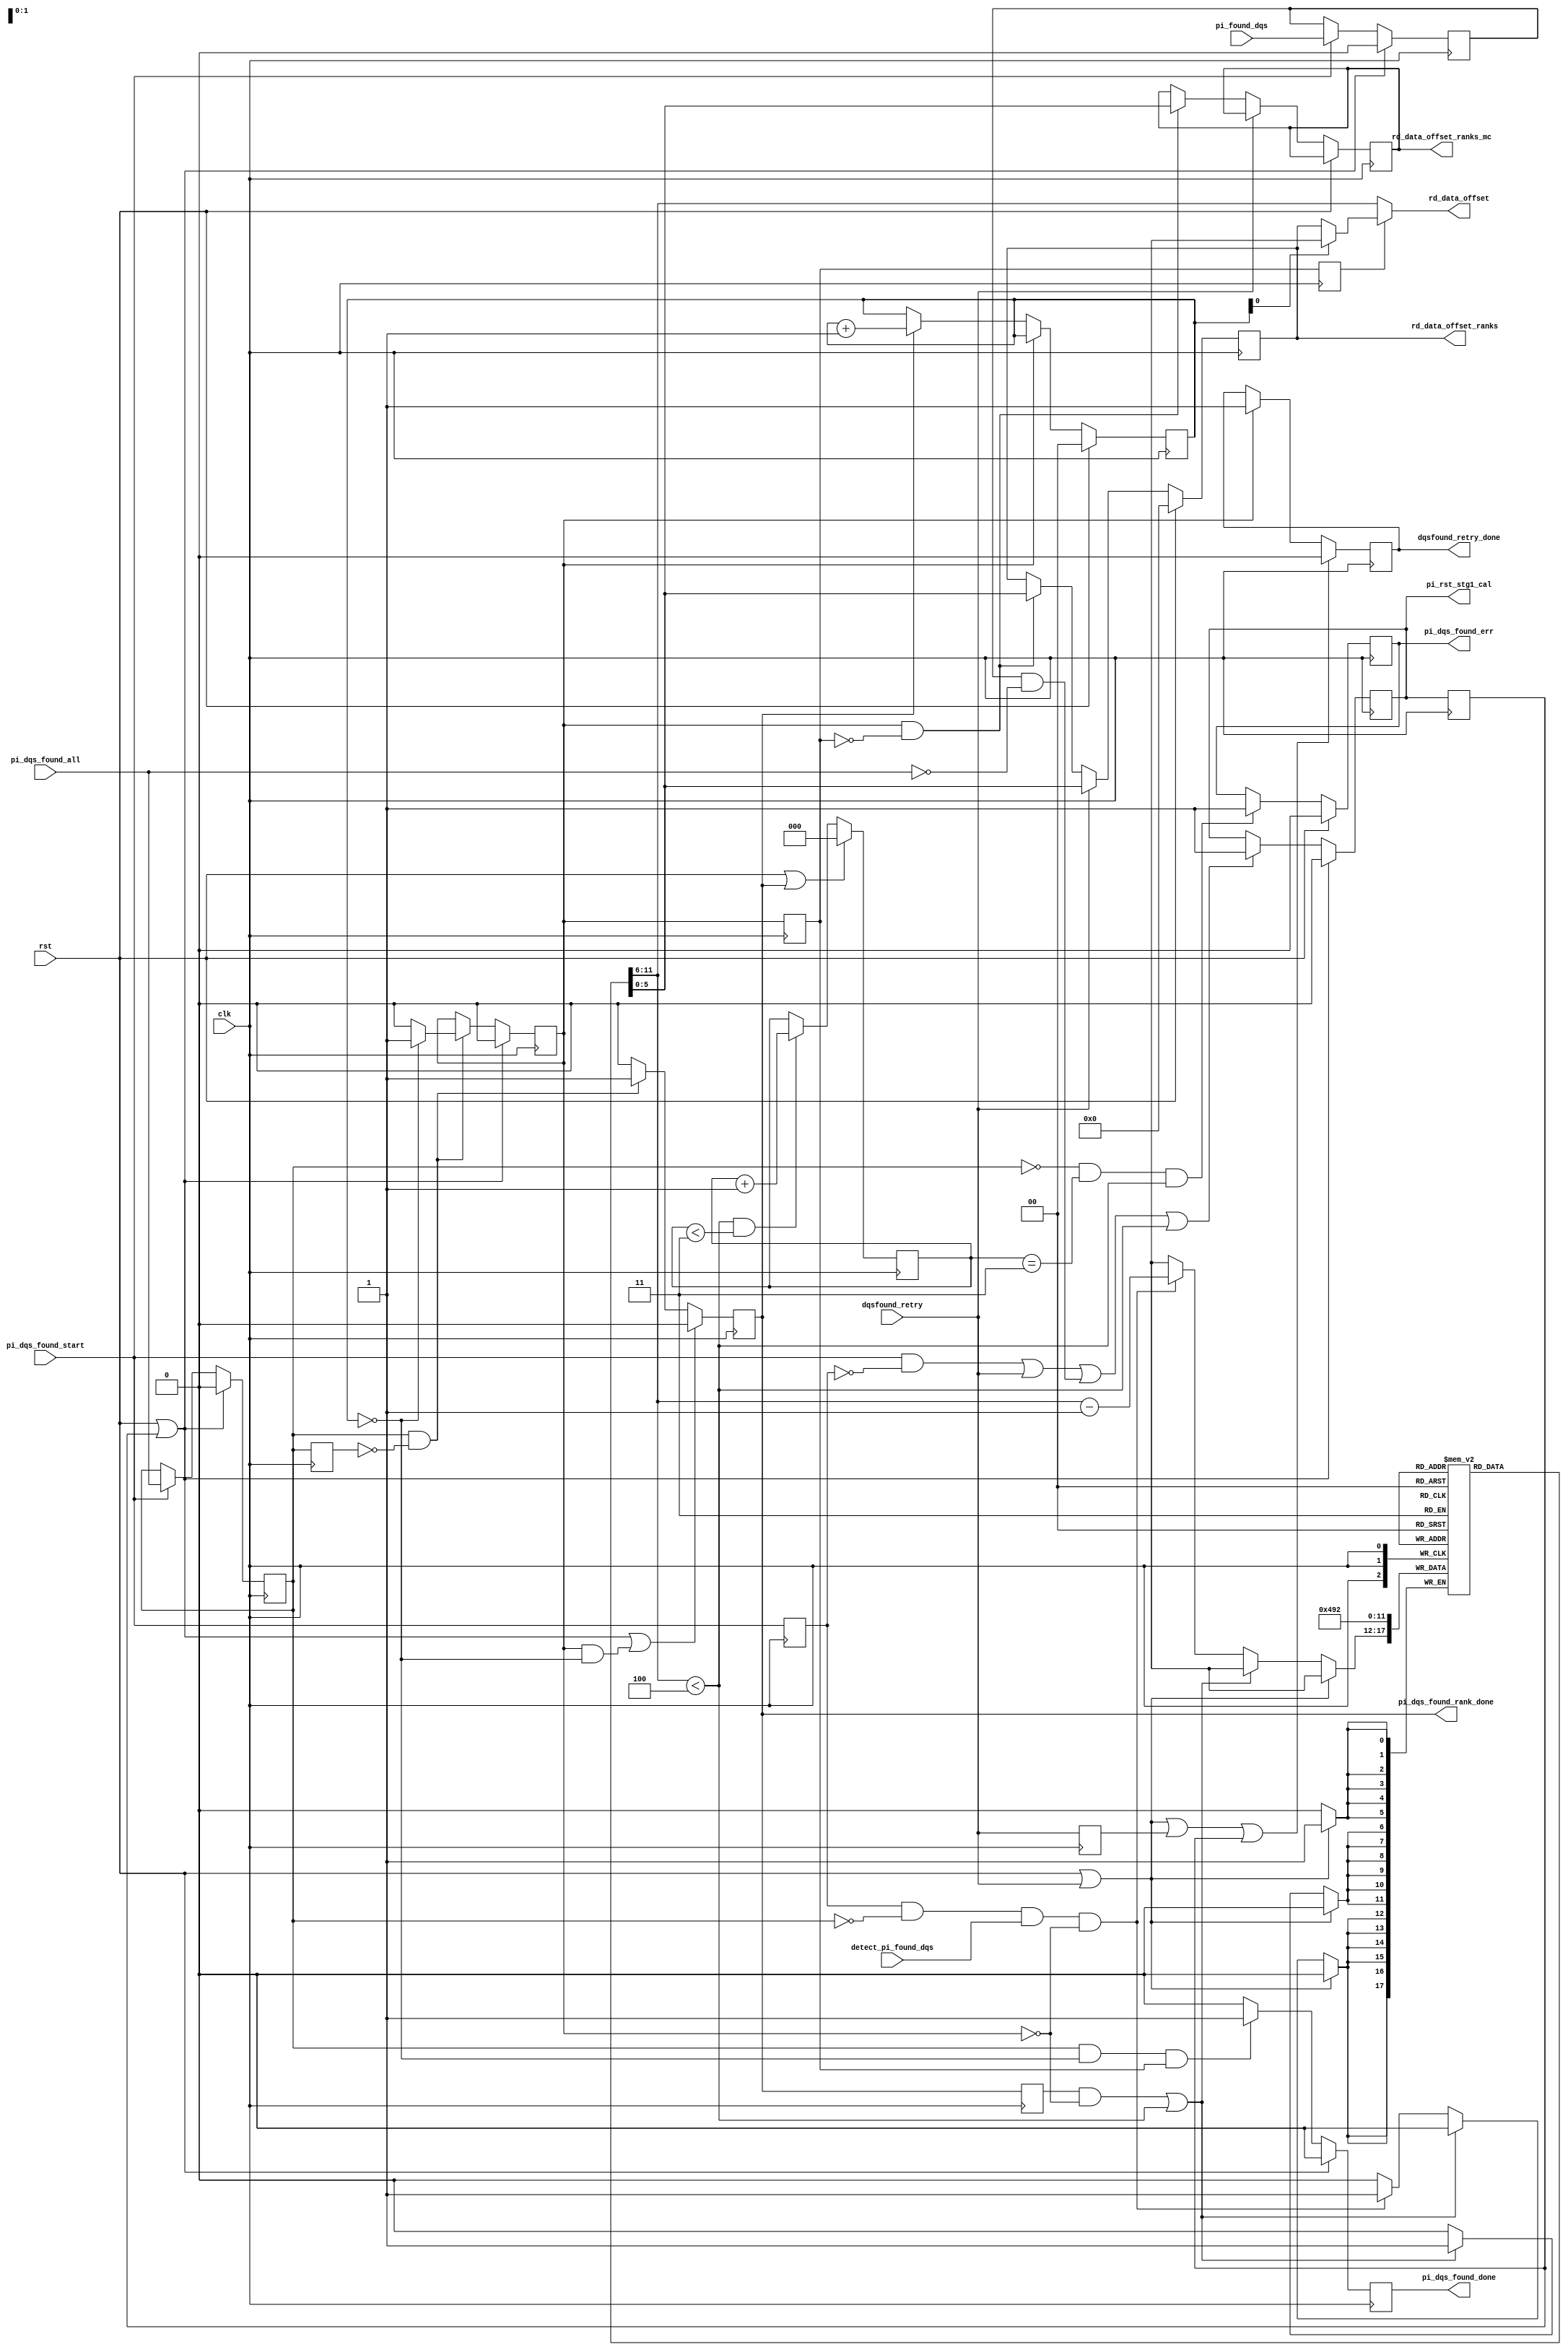
//*****************************************************************************
// (c) Copyright 2009 - 2010 Xilinx, Inc. All rights reserved.
//
// This file contains confidential and proprietary information
// of Xilinx, Inc. and is protected under U.S. and
// international copyright and other intellectual property
// laws.
//
// DISCLAIMER
// This disclaimer is not a license and does not grant any
// rights to the materials distributed herewith. Except as
// otherwise provided in a valid license issued to you by
// Xilinx, and to the maximum extent permitted by applicable
// law: (1) THESE MATERIALS ARE MADE AVAILABLE "AS IS" AND
// WITH ALL FAULTS, AND XILINX HEREBY DISCLAIMS ALL WARRANTIES
// AND CONDITIONS, EXPRESS, IMPLIED, OR STATUTORY, INCLUDING
// BUT NOT LIMITED TO WARRANTIES OF MERCHANTABILITY, NON-
// INFRINGEMENT, OR FITNESS FOR ANY PARTICULAR PURPOSE; and
// (2) Xilinx shall not be liable (whether in contract or tort,
// including negligence, or under any other theory of
// liability) for any loss or damage of any kind or nature
// related to, arising under or in connection with these
// materials, including for any direct, or any indirect,
// special, incidental, or consequential loss or damage
// (including loss of data, profits, goodwill, or any type of
// loss or damage suffered as a result of any action brought
// by a third party) even if such damage or loss was
// reasonably foreseeable or Xilinx had been advised of the
// possibility of the same.
//
// CRITICAL APPLICATIONS
// Xilinx products are not designed or intended to be fail-
// safe, or for use in any application requiring fail-safe
// performance, such as life-support or safety devices or
// systems, Class III medical devices, nuclear facilities,
// applications related to the deployment of airbags, or any
// other applications that could lead to death, personal
// injury, or severe property or environmental damage
// (individually and collectively, "Critical
// Applications"). Customer assumes the sole risk and
// liability of any use of Xilinx products in Critical
// Applications, subject only to applicable laws and
// regulations governing limitations on product liability.
//
// THIS COPYRIGHT NOTICE AND DISCLAIMER MUST BE RETAINED AS
// PART OF THIS FILE AT ALL TIMES.
//
//*****************************************************************************
//   ____  ____
//  /   /\/   /
// /___/  \  /    Vendor: Xilinx
// \   \   \/     Version:
//  \   \         Application: MIG
//  /   /         Filename: phy_dqs_found_cal.v
// /___/   /\     Date Last Modified: $Date: 2011/05/27 14:31:03 $
// \   \  /  \    Date Created:
//  \___\/\___\
//
//Device: 7 Series
//Design Name: DDR3 SDRAM
//Purpose:
//  Read leveling calibration logic
//  NOTES:
//    1. Phaser_In DQSFOUND calibration
//Reference:
//Revision History:
//*****************************************************************************

/******************************************************************************
**$Id: phy_dqs_found_cal.v,v 1.7.18.2 2011/05/27 14:31:03 venkatp Exp $
**$Date: 2011/05/27 14:31:03 $
**$Author: 
**$Revision:
**$Source: 
******************************************************************************/

`timescale 1ps/1ps

module phy_dqs_found_cal #
  (
   parameter TCQ             = 100,    // clk->out delay (sim only)
   parameter nCK_PER_CLK     = 2,      // # of memory clocks per CLK
   parameter nCL             = 5,      // Read CAS latency
   parameter AL              = "0",
   parameter nCWL            = 5,      // Write CAS latency
   parameter RANKS           = 1,      // # of memory ranks in the system
   parameter DQS_CNT_WIDTH   = 3,      // = ceil(log2(DQS_WIDTH))
   parameter DQS_WIDTH       = 8,      // # of DQS (strobe)
   parameter DRAM_WIDTH      = 8,      // # of DQ per DQS
   parameter REG_CTRL         = "ON",   // "ON" for registered DIMM
   parameter NUM_DQSFOUND_CAL = 3       // Number of times to iterate
   )
  (
   input                        clk,
   input                        rst,
   input                        dqsfound_retry,
   // From phy_init
   input                        pi_dqs_found_start,
   input                        detect_pi_found_dqs,
   // From the selected byte lane Phaser_IN
   input                        pi_found_dqs,
   input                        pi_dqs_found_all,
   // Byte lane selection counter
//   output [DQS_CNT_WIDTH:0]     pi_stg1_dqs_found_cnt,
   // To All byte lane Phaser_INs simulataneously
   output reg                   pi_rst_stg1_cal,
   // To hard PHY
//   output                       stg2_done_r,
   // To phy_init
   output [5:0]                 rd_data_offset,
   output                       pi_dqs_found_rank_done,
   output                       pi_dqs_found_done,
   output reg                   pi_dqs_found_err,
   output [6*RANKS-1:0]         rd_data_offset_ranks,
   output reg                   dqsfound_retry_done,
   //To MC
   output [6*RANKS-1:0]         rd_data_offset_ranks_mc
  );
  

// For non-zero AL values
   localparam nAL = (AL == "CL-1") ? nCL - 1 : 0;   

// Adding the register dimm latency to write latency
   localparam CWL_M = (REG_CTRL == "ON") ? nCWL + nAL + 1 : nCWL + nAL;

  integer l;
  
  reg                     dqs_found_start_r;
  reg [5:0]               rd_byte_data_offset[0:RANKS-1];
//  reg [DQS_CNT_WIDTH:0]   dqs_cnt_r;
  reg                     rank_done_r;
  reg                     rank_done_r1;
  reg                     dqs_found_done_r;
  reg                     init_dqsfound_done_r;
  reg                     init_dqsfound_done_r1;
  reg                     init_dqsfound_done_r2;
  reg                     init_dqsfound_done_r3;
  reg [1:0]               rnk_cnt_r;
//  reg [5:0]               smallest_data_offset[0:RANKS-1];
  reg [5:0]               final_data_offset[0:RANKS-1];
  reg [5:0]               final_data_offset_mc[0:RANKS-1];
  reg                     reg_pi_found_dqs;
  reg                     reg_pi_found_dqs_all;
  reg                     reg_pi_found_dqs_all_r1;
  reg                     pi_rst_stg1_cal_r;
  reg [2:0]               calib_cnt;
  reg                     dqsfound_retry_r1;
  

  
  
//  assign stg2_done_r        = init_dqsfound_done_r;
  assign pi_dqs_found_rank_done    = rank_done_r;
  assign pi_dqs_found_done         = dqs_found_done_r;

  generate
  genvar rnk_cnt;
    for (rnk_cnt = 0; rnk_cnt < RANKS; rnk_cnt = rnk_cnt + 1) begin: rnk_loop
      assign rd_data_offset_ranks[6*rnk_cnt+:6] = final_data_offset[rnk_cnt];
      assign rd_data_offset_ranks_mc[6*rnk_cnt+:6] = final_data_offset_mc[rnk_cnt];
    end
  endgenerate
  
  // final_data_offset is used during write calibration and during
  // normal operation. One rd_data_offset value per rank for entire
  // interface
  assign rd_data_offset = (~init_dqsfound_done_r2) ? rd_byte_data_offset[rnk_cnt_r] :
                          final_data_offset[rnk_cnt_r];

  
   //**************************************************************************
   // DQS count to hard PHY during read data offset calibration using 
   // Phaser_IN Stage1 
   //**************************************************************************
//   assign pi_stg1_dqs_found_cnt = dqs_cnt_r;
  

  always @(posedge clk) begin
    if (rst || pi_rst_stg1_cal_r) begin
      reg_pi_found_dqs     <= #TCQ 'b0;
      reg_pi_found_dqs_all <= #TCQ 1'b0;
    end else if (pi_dqs_found_start) begin
      reg_pi_found_dqs     <= #TCQ pi_found_dqs;
      reg_pi_found_dqs_all <= #TCQ pi_dqs_found_all;
    end
  end
  
  
  always@(posedge clk)
    dqs_found_start_r <= #TCQ pi_dqs_found_start;

  always @(posedge clk) begin
    if (rst || rank_done_r)
      calib_cnt <= #TCQ 'b0;
    else if ((rd_byte_data_offset[rnk_cnt_r] < (nCL + nAL -1)) &&
             (calib_cnt < NUM_DQSFOUND_CAL))
      calib_cnt <= #TCQ calib_cnt + 1;
    else
      calib_cnt <= #TCQ calib_cnt;
  end      

  // Read data offset value calib all DQSs simulataneously
  always @(posedge clk) begin
    if (rst || dqsfound_retry) begin
      for (l = 0; l < RANKS; l = l + 1) begin: rst_rd_data_offset_loop
        rd_byte_data_offset[l] <= #TCQ nCL + nAL + 13;
      end
    end else if ((rank_done_r1 && ~init_dqsfound_done_r) ||
       (rd_byte_data_offset[rnk_cnt_r] < (nCL + nAL -1))) begin
          rd_byte_data_offset[rnk_cnt_r] <= #TCQ nCL + nAL + 13;
    end else if (dqs_found_start_r && ~reg_pi_found_dqs_all &&
             detect_pi_found_dqs && ~init_dqsfound_done_r)
      rd_byte_data_offset[rnk_cnt_r] 
      <= #TCQ rd_byte_data_offset[rnk_cnt_r] - 1;
  end
  

  always @(posedge clk) begin
    if (rst)
      rnk_cnt_r <= #TCQ 2'b00;
    else if (init_dqsfound_done_r)
      rnk_cnt_r <= #TCQ rnk_cnt_r;
    else if (rank_done_r)
      rnk_cnt_r <= #TCQ rnk_cnt_r + 1;
  end
  
  //*****************************************************************
  // Read data_offset calibration done signal
  //*****************************************************************
  
  always @(posedge clk) begin
    if (rst || pi_rst_stg1_cal_r)
      init_dqsfound_done_r  <= #TCQ 1'b0;
    else if (reg_pi_found_dqs_all && ~reg_pi_found_dqs_all_r1) begin
      if (rnk_cnt_r == RANKS-1)
        init_dqsfound_done_r  <= #TCQ 1'b1;
      else
        init_dqsfound_done_r  <= #TCQ 1'b0;
    end
  end
  
  always @(posedge clk) begin
    if (rst  || pi_rst_stg1_cal_r ||
       (init_dqsfound_done_r && (rnk_cnt_r == RANKS-1)))
      rank_done_r       <= #TCQ 1'b0;
    else if (reg_pi_found_dqs_all && ~reg_pi_found_dqs_all_r1)
      rank_done_r <= #TCQ 1'b1;
    else
      rank_done_r       <= #TCQ 1'b0;
  end
  
  always @(posedge clk) begin
    init_dqsfound_done_r1   <= #TCQ init_dqsfound_done_r;
    init_dqsfound_done_r2   <= #TCQ init_dqsfound_done_r1;
    init_dqsfound_done_r3   <= #TCQ init_dqsfound_done_r2;
    reg_pi_found_dqs_all_r1 <= #TCQ reg_pi_found_dqs_all;
    rank_done_r1            <= #TCQ rank_done_r;
    dqsfound_retry_r1       <= #TCQ dqsfound_retry;
  end

  always @(posedge clk) begin
    if (rst || dqsfound_retry || dqsfound_retry_r1 || pi_rst_stg1_cal_r)
      dqsfound_retry_done <= #TCQ 1'b0;
    else if (init_dqsfound_done_r)
      dqsfound_retry_done <= #TCQ 1'b1;
  end
  
  always @(posedge clk) begin
    if (rst)
      dqs_found_done_r <= #TCQ 1'b0;
    else if (reg_pi_found_dqs_all && (rnk_cnt_r == RANKS-1) && init_dqsfound_done_r1)
      dqs_found_done_r <= #TCQ 1'b1;
    else
      dqs_found_done_r <= #TCQ 1'b0;
  end
  

  
  // Reset read data offset calibration in all DQS Phaser_INs
  // after the read data offset value for a rank is determined
  // or if within a rank DQSFOUND is not asserted for all DQSs
  always @(posedge clk) begin
    if (rst || pi_rst_stg1_cal_r)
      pi_rst_stg1_cal <= #TCQ 1'b0;
    else if ((pi_dqs_found_start && ~dqs_found_start_r) ||
             (dqsfound_retry) ||
             (reg_pi_found_dqs && ~pi_dqs_found_all) ||
             (rd_byte_data_offset[rnk_cnt_r] < (nCL + nAL -1)))
      pi_rst_stg1_cal <= #TCQ 1'b1;
//    else
//      pi_rst_stg1_cal <= #TCQ 1'b0;
  end
  
  always @(posedge clk)
    pi_rst_stg1_cal_r     <= #TCQ pi_rst_stg1_cal;

  
  // Determine smallest rd_data_offset value per rank and assign it as the
  // Final read data offset value to be used during write calibration and
  // normal operation
  generate
  genvar i;
    for (i = 0; i < RANKS; i = i + 1) begin: smallest_final_loop
      always @(posedge clk) begin
        if (rst)
          final_data_offset[i]    <= #TCQ 'b0;
        else if (dqsfound_retry)
          final_data_offset[i] <= #TCQ rd_byte_data_offset[i];
        else if (init_dqsfound_done_r && ~init_dqsfound_done_r1) begin
          final_data_offset[i] <= #TCQ rd_byte_data_offset[i];
          if (CWL_M % 2) // odd latency CAS slot 1
            final_data_offset_mc[i] <= #TCQ rd_byte_data_offset[i] - 1;
          else // even latency CAS slot 0
            final_data_offset_mc[i] <= #TCQ rd_byte_data_offset[i];
        end
      end
    end
  endgenerate

  
  // Error generation in case pi_found_dqs signal from Phaser_IN
  // is not asserted when a common rddata_offset value is used
  always @(posedge clk) begin
    if (rst)
      pi_dqs_found_err <= #TCQ 1'b0;
    else if (!reg_pi_found_dqs_all && (calib_cnt == NUM_DQSFOUND_CAL) &&
            (rd_byte_data_offset[rnk_cnt_r] < (nCL + nAL -1)))
      pi_dqs_found_err <= #TCQ 1'b1;
  end
  
  
endmodule